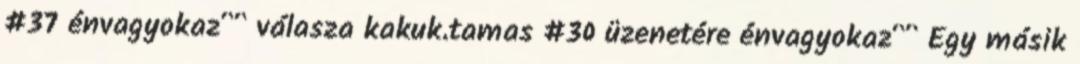
#37 énvagyokaz^^ válasza kakuk.tamas #30 üzenetére énvagyokaz^^ Egy másik